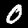
Label: 0